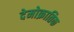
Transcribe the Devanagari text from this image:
देमोक्रातिक